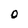
Character: O